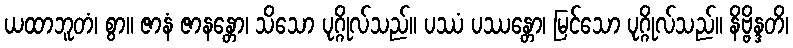
ယထာဘူတံ၊ စွာ။ ဇာနံ ဇာနန္တော၊ သိသော ပုဂ္ဂိုလ်သည်။ ပဿံ ပဿန္တော၊ မြင်သော ပုဂ္ဂိုလ်သည်။ နိဗ္ဗိန္ဒတိ၊